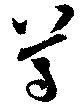
尊